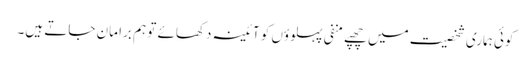
کوئی ہماری شخصیت میں چھپے منفی پہلوؤں کو آئینہ دکھائے تو ہم برا مان جاتے ہیں۔